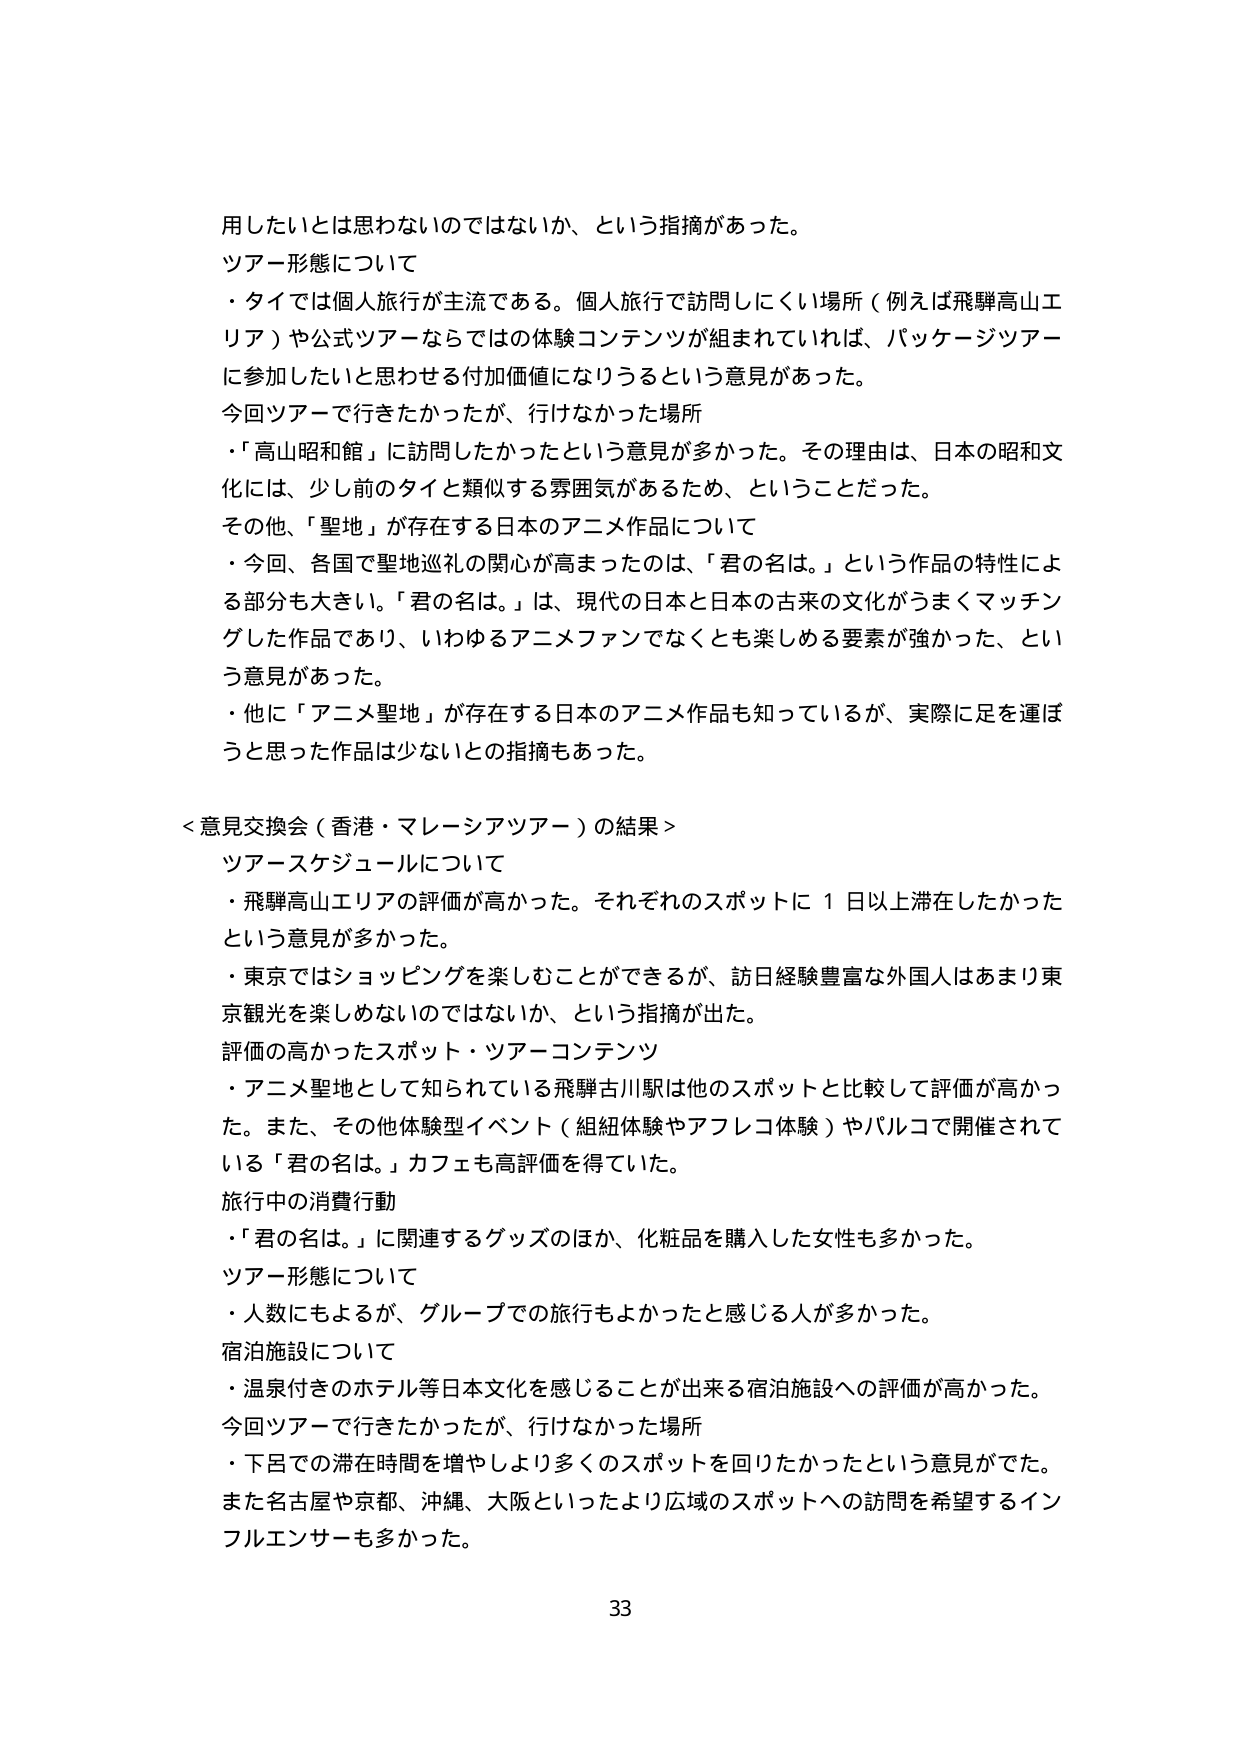
用したいとは思わないのではないか、という指摘があった。
ツアー形態について
・タイでは個人旅行が主流である。個人旅行で訪問しにくい場所（例えば飛騨高山エリア）や公式ツアーならではの体験コンテンツが組まれていれば、パッケージツアーに参加したいと思わせる付加価値になりうるという意見があった。
今回ツアーで行きたかったが、行けなかった場所
・「高山昭和館」に訪問したかったという意見が多かった。その理由は、日本の昭和文化には、少し前のタイと類似する雰囲気があるため、ということだった。
その他、「聖地」が存在する日本のアニメ作品について
・今回、各国で聖地巡礼の関心が高まったのは、「君の名は。」という作品の特性による部分も大きい。「君の名は。」は、現代の日本と日本の古来の文化がうまくマッチングした作品であり、いわゆるアニメファンでなくとも楽しめる要素が強かった、という意見があった。
・他に「アニメ聖地」が存在する日本のアニメ作品も知っているが、実際に足を運ぼうと思った作品は少ないとの指摘もあった。

＜意見交換会（香港・マレーシアツアー）の結果＞
ツアー スケジュールについて
・飛騨高山エリアの評価が高かった。それぞれのスポットに１日以上滞在したかったという意見が多かった。
・東京ではショッピングを楽しむことができるが、訪日経験豊富な外国人はあまり東京観光を楽しめないのではないか、という指摘が出た。
評価の高かったスポット・ツアー コンテンツ
・アニメ聖地として知られている飛騨古川駅は他のスポットと比較して評価が高かった。また、その他体験型イベント（組紐体験やアフレコ体験）やパルコで開催されている「君の名は。」カフェも高評価を得ていた。
旅行中の消費行動
・「君の名は。」に関連するグッズのほか、化粧品を購入した女性も多かった。
ツアー形態について
・人数にもよるが、グループでの旅行もよかったと感じる人が多かった。
宿泊施設について
・温泉付きのホテル等日本文化を感じることが出来る宿泊施設への評価が高かった。
今回ツアーで行きたかったが、行けなかった場所
・下呂での滞在時間を増やしより多くのスポットを回りたかったという意見がでた。
また名古屋や京都、沖縄、大阪といったより広域のスポットへの訪問を希望するインフルエンサーも多かった。

33